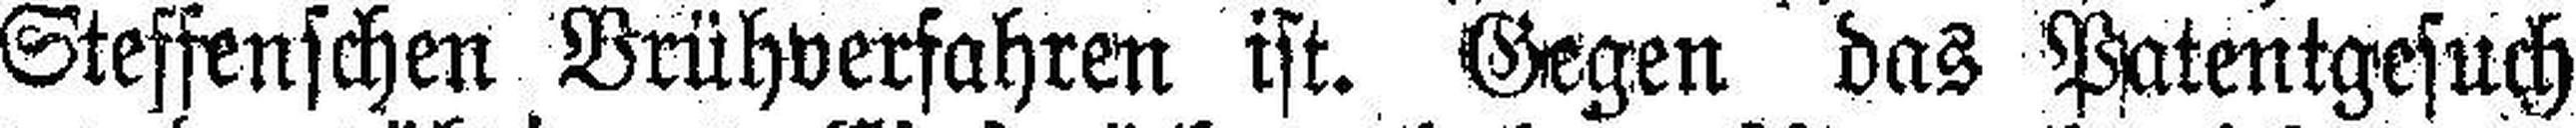
Steffenschen Brühverfahren ist. Gegen das Patentgesuch